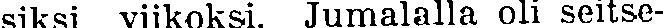
siksi viikoksi. Jumalalla oli seitse-